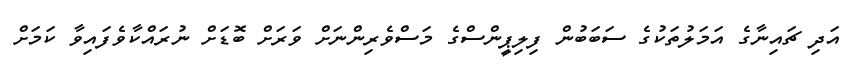
އަދި ޗައިނާގެ އަމަލުތަކުގެ ސަބަބުން ފިލިޕީންސްގެ މަސްވެރިންނަށް ވަރަށް ބޮޑަށް ނުރައްކާވެފައިވާ ކަމަށް